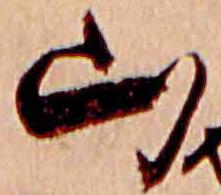
山